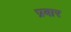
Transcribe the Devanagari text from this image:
प्रबार